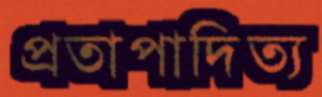
প্রতাপাদিত্য